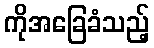
ကိုအခြေခံသည့်